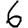
Digit: 6